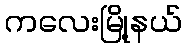
ကလေးမြို့နယ်